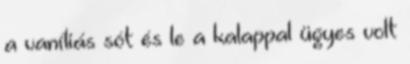
a vaníliás sót és le a kalappal ügyes volt